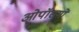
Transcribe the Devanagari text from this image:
ओपॉसमों